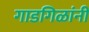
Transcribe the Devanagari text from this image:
गाडगिळांनी